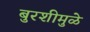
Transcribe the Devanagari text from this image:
बुरशीमुळे